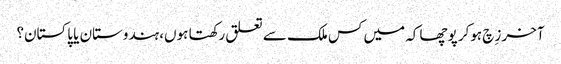
آخر زِچ ہوکر پوچھا کہ میں کس ملک سے تعلق رکھتا ہوں، ہندوستان یا پاکستان؟